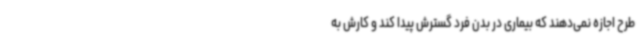
طرح اجازه نمی‌دهند که بیماری در بدن فرد گسترش پیدا کند و کارش به